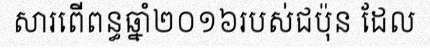
សារពើពន្ធឆ្នាំ២០១៦របស់ជប៉ុន ដែល